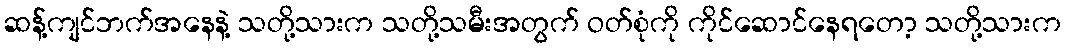
ဆန့်ကျင်ဘက်အနေနဲ့ သတို့သားက သတို့သမီးအတွက် ဝတ်စုံကို ကိုင်ဆောင်နေရတော့ သတို့သားက